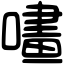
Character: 㗲